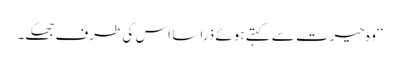
‘‘وہ حیرت سے کہتے ہوئے ذرا سا اس کی طرف جھکے۔